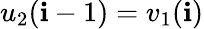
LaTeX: u_{2}(\mathbf{i}-1)=v_{1}(\mathbf{i})